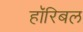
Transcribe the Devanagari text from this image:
हॉरिबल